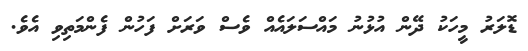
ޑޮލަރު މީހަކު ދޭން އުޅުނު މައްސަލައެއް ވެސް ވަރަށް ފަހުން ފެންމަތިވި އެވެ.